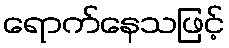
ရောက်နေသဖြင့်